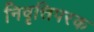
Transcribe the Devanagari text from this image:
निवृत्तिपरक